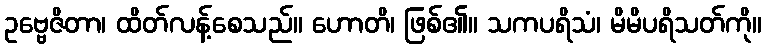
ဥဗ္ဗေဇိတာ၊ ထိတ်လန့်စေသည်။ ဟောတိ၊ ဖြစ်၏။ သကပရိသံ၊ မိမိပရိသတ်ကို။